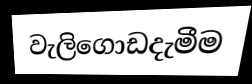
වැලිගොඩදැමීම